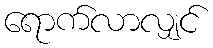
ရောက်လာလျှင်